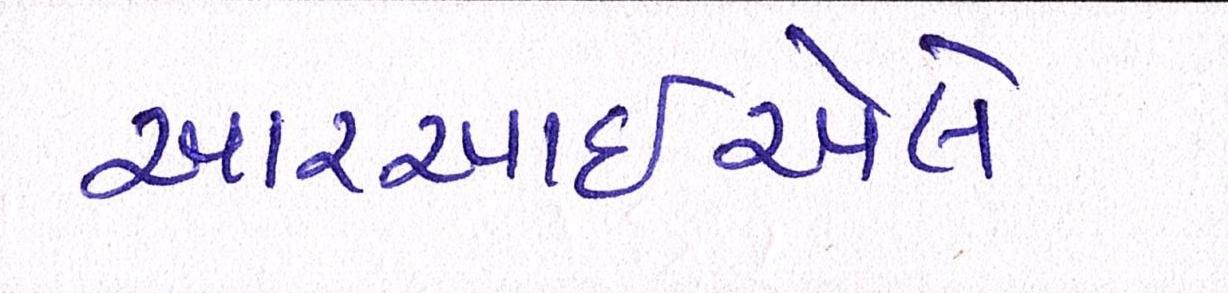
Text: આરઆઇએલે